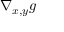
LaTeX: \nabla _ { x , y } g